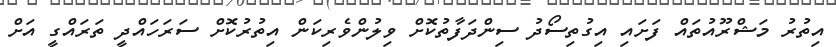
އިތުރު މަޝްރޫއުތައް ފަށައި އިގުތިސޯދު ސިންދަފާތުކޮށް ވިލުންވެރިކަން އިތުރުކޮށް ސަރަހައްދީ ތަރައްގީ އަށް